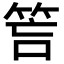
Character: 𥭚